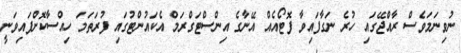
ނުވިނަމަވެސް ރާއްޖޭގައި ހުރެ ނަގާފައިވާ ފޮޓޯއެއް އޭނާގެ އިންސްޓަގްރަމް އެކައުންޓުގައި ފުރަތަމަ ހިއްސާކޮށްފައިވަނީ